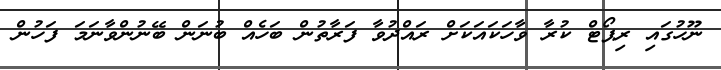
ނޫހުގައި ރިޕޯޓް ކުރާ ވާހަކައަކަށް ރައްދުވާ ފަރާތުން ބަހެއް ބުނަން ބޭނުންވާނަމަ ފަހުން